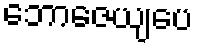
ဘောဇေယျပေ